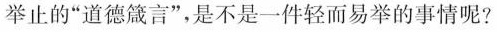
举止的“道德箴言”，是不是一件轻而易举的事情呢？